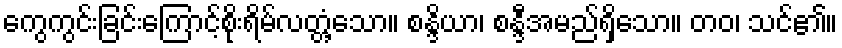
ကွေကွင်းခြင်းကြောင့်စိုးရိမ်လတ္တံ့သော။ စန္ဒိယာ၊ စန္ဒီအမည်ရှိသော။ တဝ၊ သင်၏။